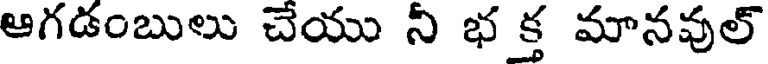
ఆగడంబులు చేయు నీ భ క్త మానవుల్